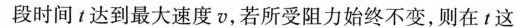
段时间t达到最大速度v，若所受阻力始终不变，则在t这